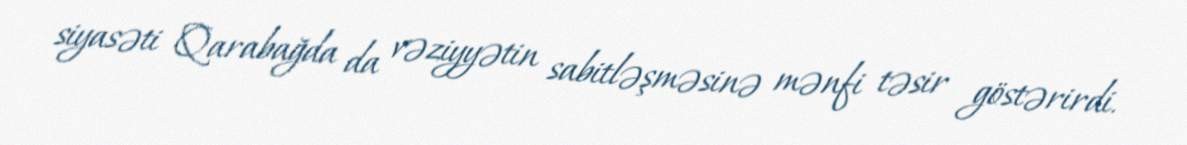
siyasəti Qarabağda da vəziyyətin sabitləşməsinə mənfi təsir göstərirdi.